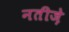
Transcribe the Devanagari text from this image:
नतीज़े